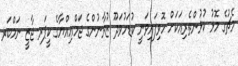
މެޗުގެ މޮޅު ކުޅުންތެރިއަކަށް ހޮވިފައިވަނީ ކުޑަހުވަދޫ ޒުވާނުންގެ ޖަމްޢިއްޔާގެ ކީޕަރ ޖާޒީ ނަމްބަރ